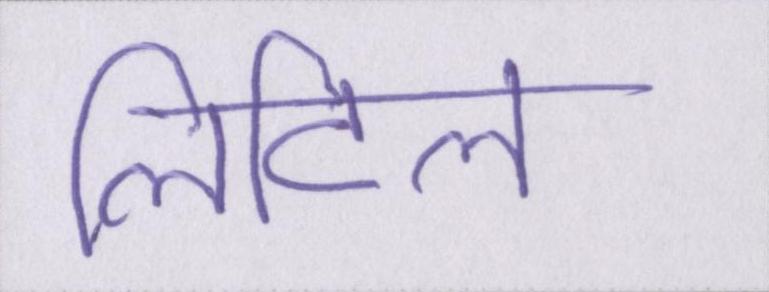
लिटिल